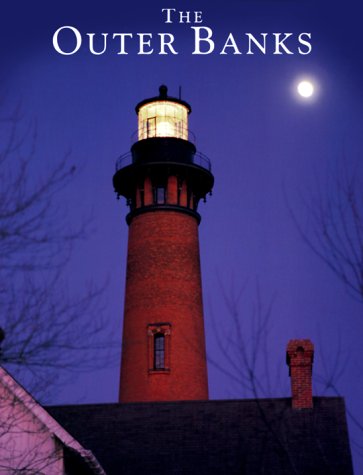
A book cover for Outer Banks; Yenne; Travel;